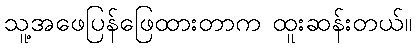
သူ့အဖေပြန်ဖြေထားတာက ထူးဆန်းတယ်။